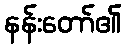
နန်းတော်၏